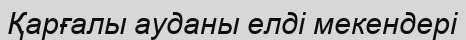
Қарғалы ауданы елді мекендері